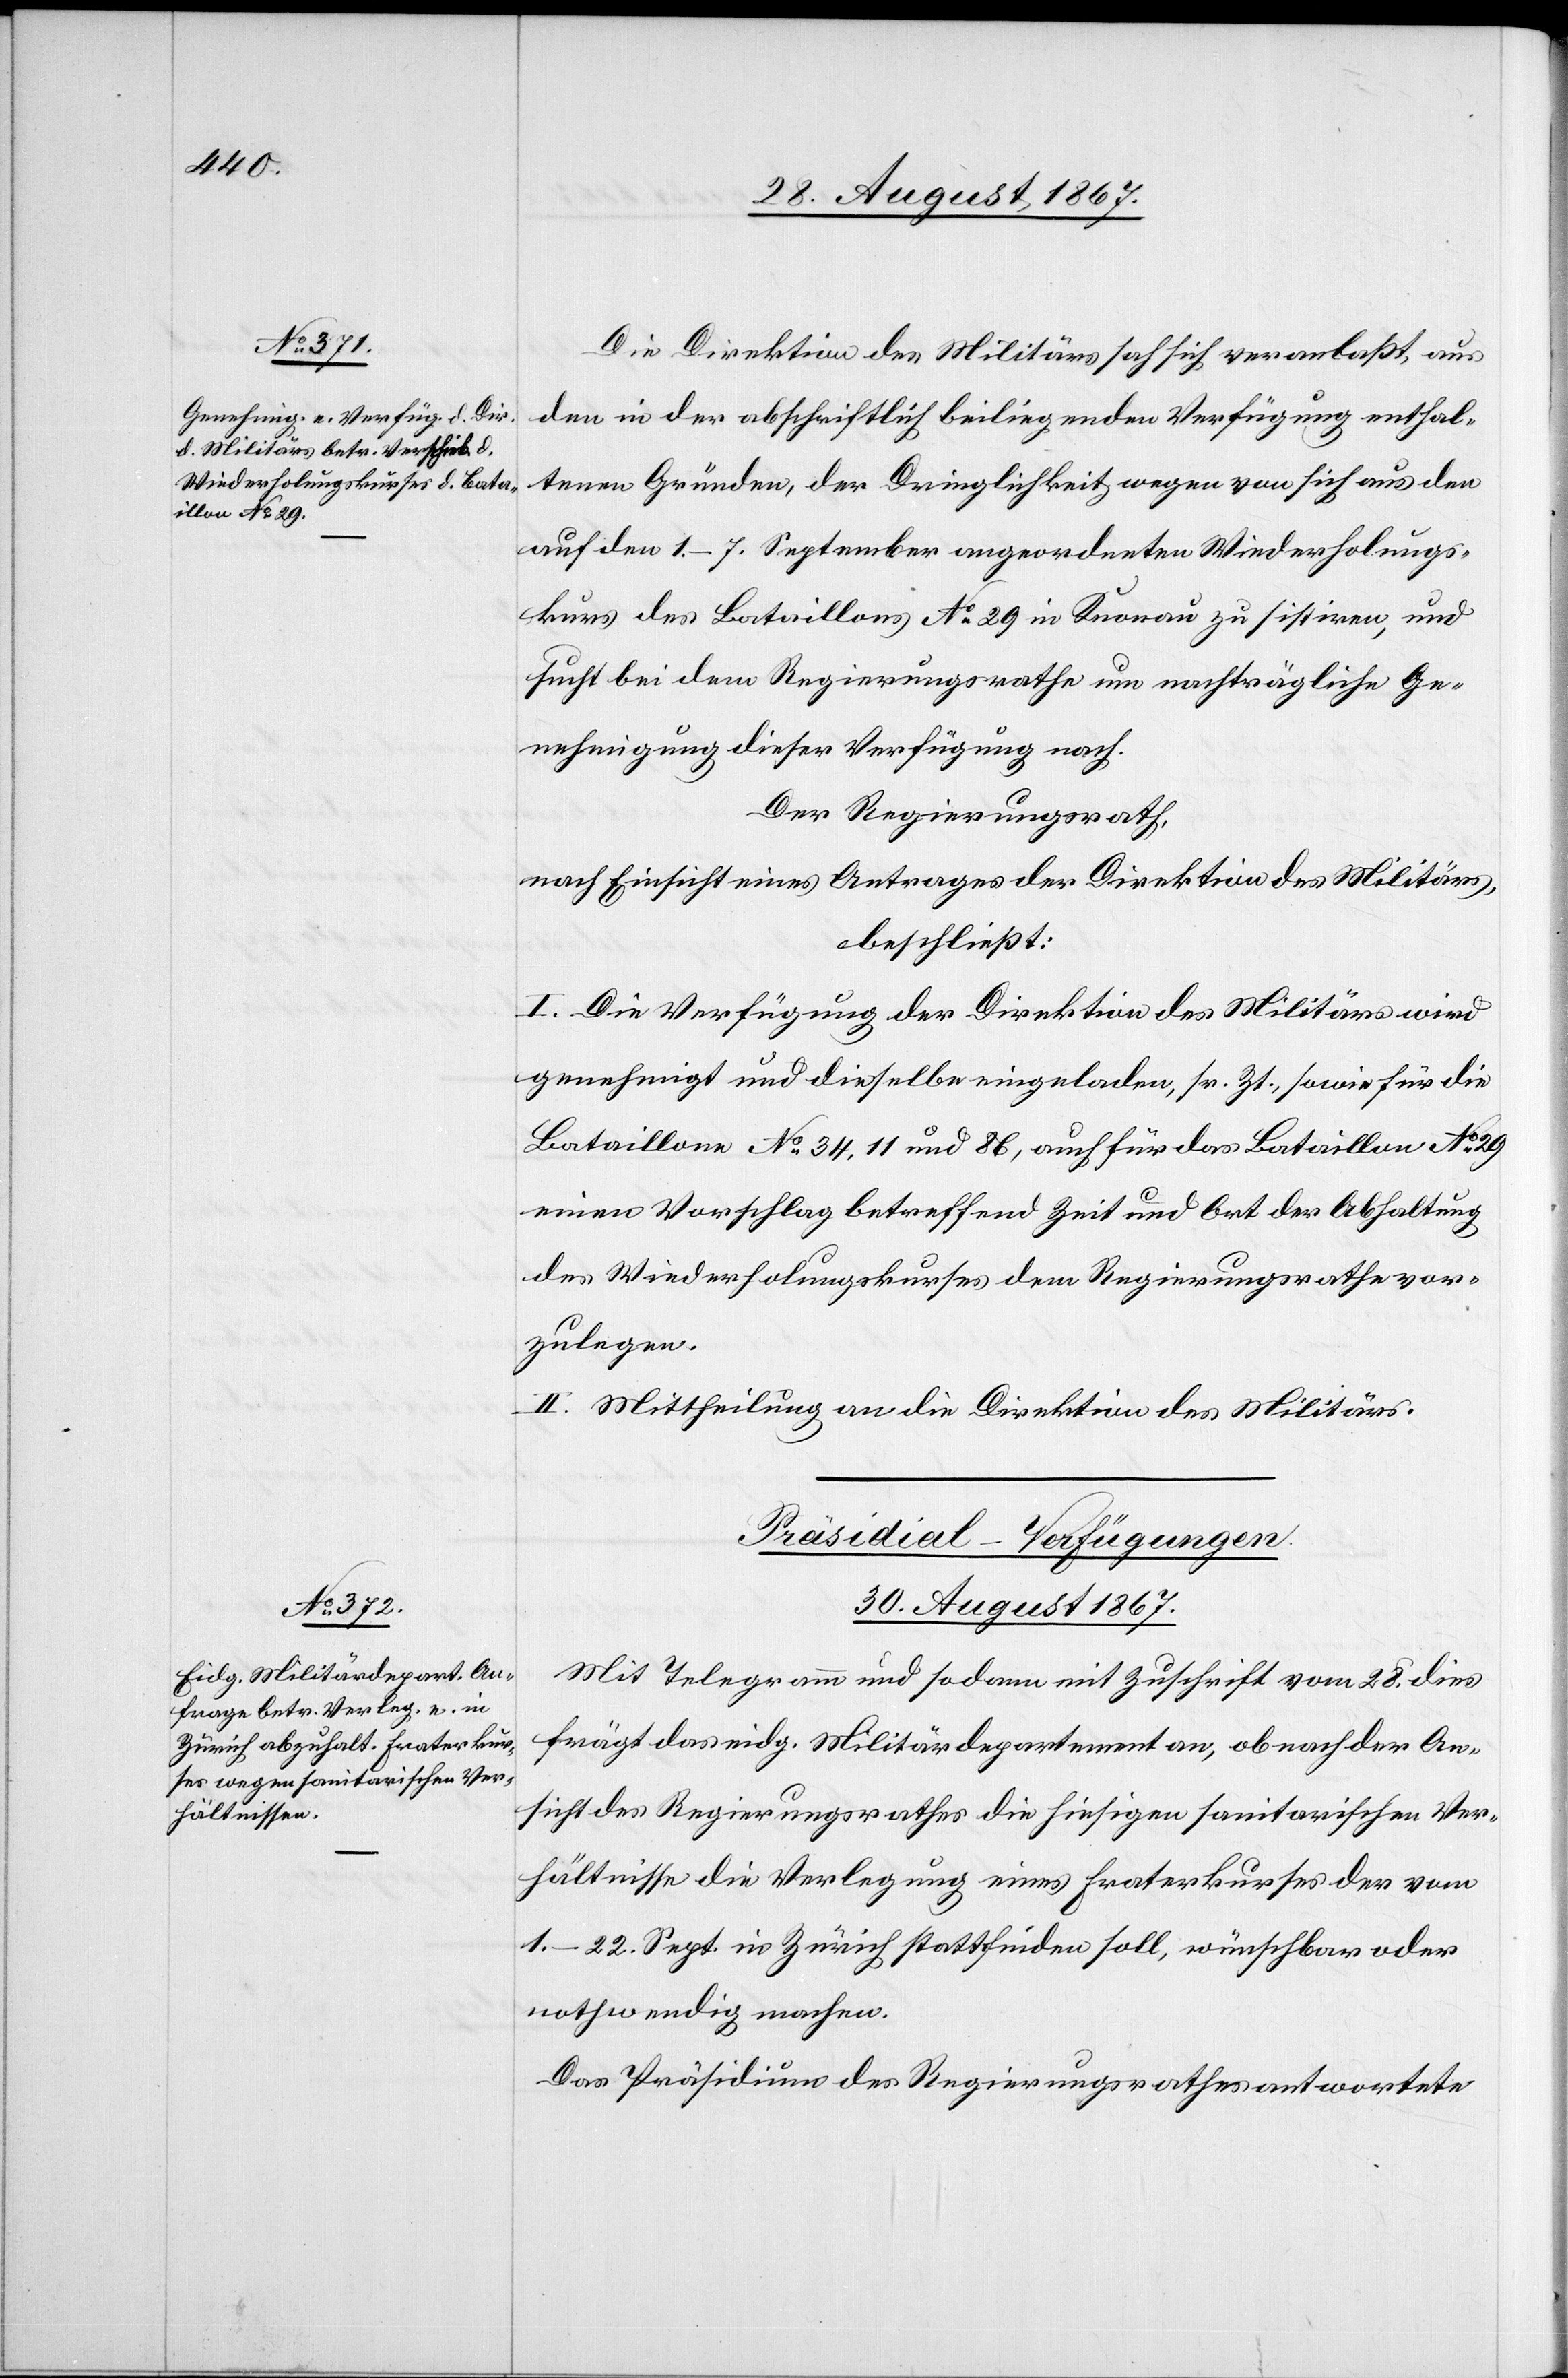
Die Direktion des Militärs sah sich veranlaßt, aus
den in der abschriftlich beiliegenden Verfügung enthal¬
tenen Gründen, der Dringlichkeit wegen von sich aus den
auf den 1.–7. September angeordneten Wiederholungs¬
kurs des Bataillons No. 29 in Knonau zu sistiren, und
such bei dem Regierungsrathe um nachträgliche Ge¬
nehmigung dieser Verfügung nach.
Der Regierungsrath,
nach Einsicht eines Antrages der Direktion des Militärs,
beschließt:
I. Die Verfügung der Direktion des Militärs wird
genehmigt und dieselbe eingeladen, sr. Zt., sowie für die
Bataillone No. 34, 11 und 86, auch für das Bataillon No. 29
einen Vorschlag betreffend Zeit und Ort der Abhaltung
des Wiederholungskurses dem Regierungsrathe vor¬
zulegen.
II. Mittheilung an die Direktion des Militärs.
Präsidial-Verfügungen.
30. August 1867.
Mit Telegramm und sodann mit Zuschrift vom 28. dies
frägt das eidg. Militärdepartement an, ob nach der An¬
sicht des Regierungsrathes die hiesigen sanitarischen Ver¬
hältnisse die Verlegung eines Fraterkurses der vom
1.–22. Sept. in Zürich stattfinden soll, wünschbar oder
nothwendig machen.
Das Präsidium des Regierungsrathes antwortete